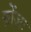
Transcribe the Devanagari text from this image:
ब्रोंजः